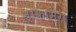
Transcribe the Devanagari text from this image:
स्किमिंग